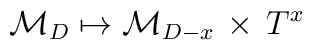
\mathcal{M}_D \mapsto \mathcal{M}_{D-x} \, \times \, T^{x}